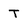
Character: T